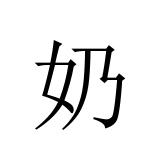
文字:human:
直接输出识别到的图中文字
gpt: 奶